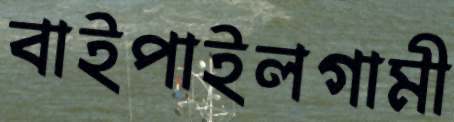
বাইপাইলগামী